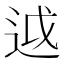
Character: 𨒋